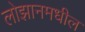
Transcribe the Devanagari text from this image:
लोझानमधील